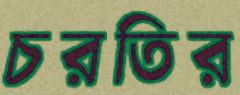
চরতির